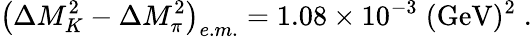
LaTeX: \left(\Delta M_{K}^{2}-\Delta M_{\pi}^{2}\right)_{e.m.}=1.08\times 10^{-3}\; (\mathrm{GeV})^{2}\; .